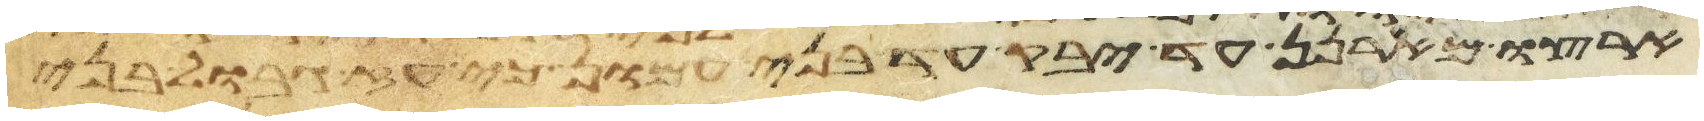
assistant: ארצו מארנן עד יבק עד בני עמון כי עז גבול בני